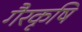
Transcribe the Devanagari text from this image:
गैरकृषि